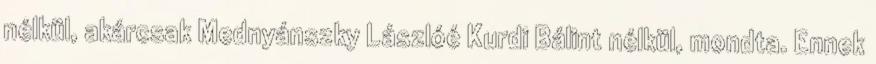
nélkül, akárcsak Mednyánszky Lászlóé Kurdi Bálint nélkül, mondta. Ennek